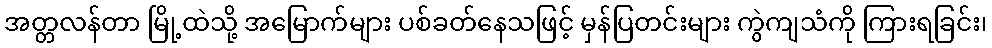
အတ္တလန်တာ မြို့ထဲသို့ အမြောက်များ ပစ်ခတ်နေသဖြင့် မှန်ပြတင်းများ ကွဲကျသံကို ကြားရခြင်း၊